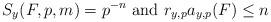
LaTeX: \begin{align*}S_y(F,p,m) = p^{-n}\mbox{ and }r_{y,p} a_{y,p}(F) \leq n\end{align*}